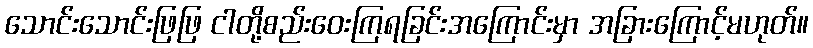
သောင်းသောင်းဖြဖြ ငါတို့စည်းဝေးကြရခြင်းအကြောင်းမှာ အခြားကြောင့်မဟုတ်။